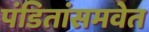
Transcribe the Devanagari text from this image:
पंडितांसमवेत